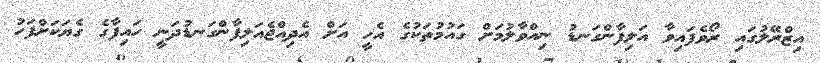
އިޒްރޭލުގައި ރޯވެފައިވާ އަލިފާންގަނޑު ނިއްވާލުމަށް ގައުމުތަކުގެ އެހީ އަށް އެދިއްޖެއަލިފާންގަނޑުދަނީ ހައިފާގެ ގެޔަކަށްފަހު